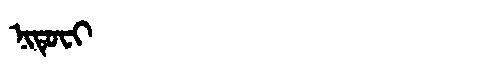
Manchu: ᠨᡳᡨᡠᠸᡳ
Romanization: NITUFI